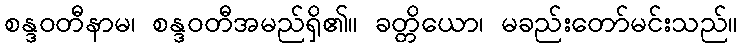
စန္ဒဝတီနာမ၊ စန္ဒဝတီအမည်ရှိ၏။ ခတ္တိယော၊ မခည်းတော်မင်းသည်။